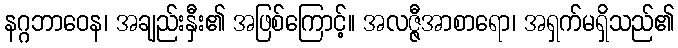
နဂ္ဂဘာဝေန၊ အချည်းနှီး၏ အဖြစ်ကြောင့်။ အလဇ္ဇီအာစာရော၊ အရှက်မရှိသည်၏